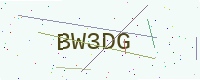
Text: BW3DG